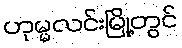
ဟုမ္မလင်းမြို့တွင်